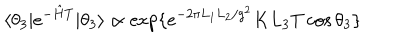
LaTeX: \langle \theta _ { 3 } | e ^ { - { \hat { H } } T } | \theta _ { 3 } \rangle \propto \mathrm { e x p } \{ e ^ { - 2 \pi L _ { 1 } L _ { 2 } / g ^ { 2 } } K L _ { 3 } T \cos \theta _ { 3 } \}